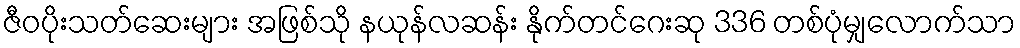
ဇီဝပိုးသတ်ဆေးများ အဖြစ်သို နယုန်လဆန်း နိုက်တင်ဂေးဆု 336 တစ်ပုံမျှလောက်သာ